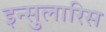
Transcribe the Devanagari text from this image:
इन्सुलारिस